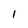
Character: 1